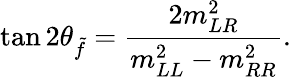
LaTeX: \tan 2\theta_{\tilde{f}}=\frac{2m_{LR}^{2}}{m_{LL}^{2}-m_{RR}^{2}}.